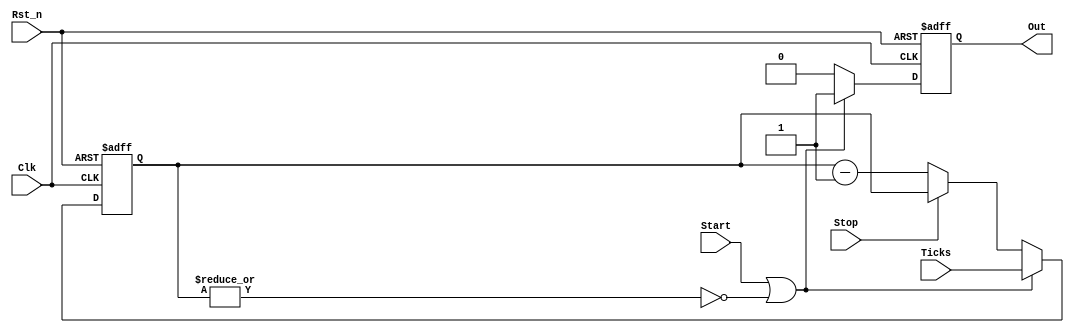
module i2c_bit_timer #(
  parameter SIZE = 8
)(
  input Clk,
  input Rst_n,
  input Start,
  input Stop,
  input [SIZE-1:0] Ticks,
  output reg Out
);

  reg [SIZE-1:0] counter;

  // counts the timer ticks
  always @(posedge Clk or negedge Rst_n)
    if(!Rst_n)
      counter <= {SIZE{1'b0}};
    else if(Start || ~|counter)
      counter <= Ticks;
    else if(Stop)
      counter <= counter;
    else
      counter <= counter - 1'b1;

  // generats the interrupt pulse
  always @(posedge Clk or negedge Rst_n)
    if(!Rst_n)
      Out <= 1'b0;
    else if(Start || ~|counter)
      Out <= 1'b1;
    else if(Stop)
      Out <= 1'b0;
    else
      Out <= 1'b0;

endmodule